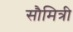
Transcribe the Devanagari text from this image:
सौमित्री